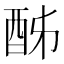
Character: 𨠓